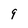
Character: 9